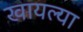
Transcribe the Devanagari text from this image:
खायल्या